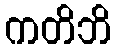
ကတိဘိ